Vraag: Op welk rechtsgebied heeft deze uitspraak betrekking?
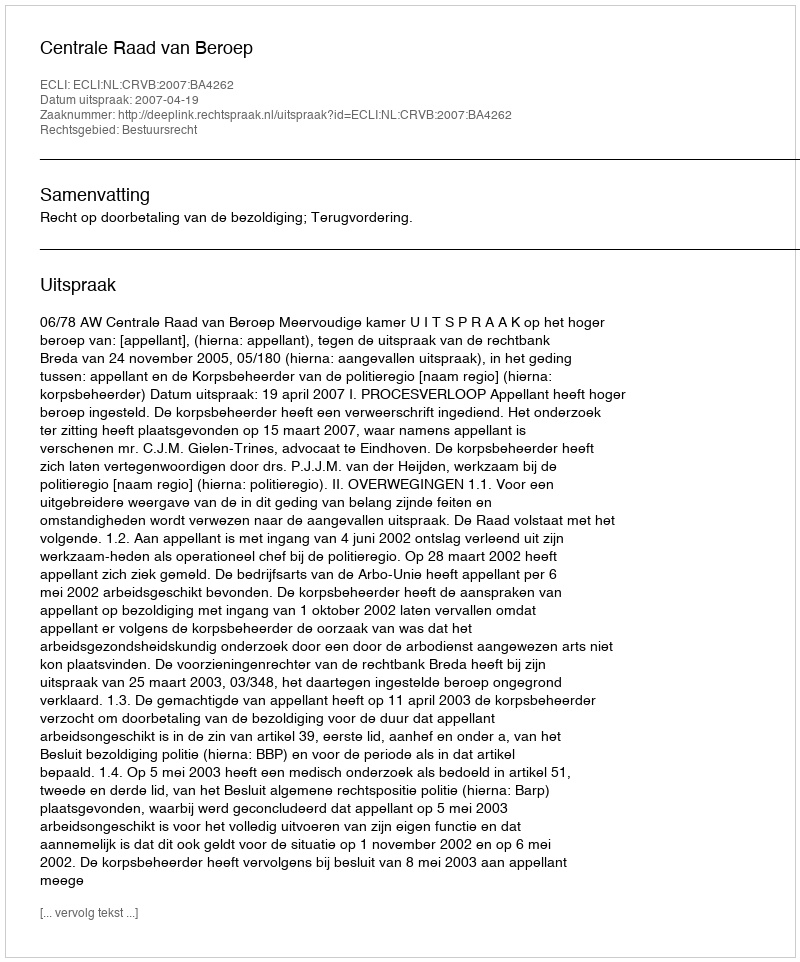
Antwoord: Bestuursrecht